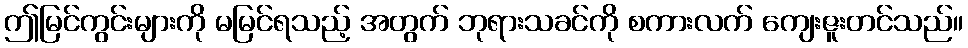
ဤမြင်ကွင်းများကို မမြင်ရသည့် အတွက် ဘုရားသခင်ကို စကားလက် ကျေးဇူးတင်သည်။